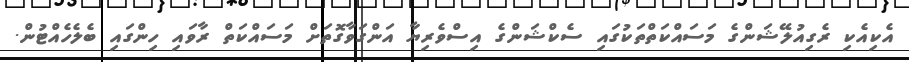
އެކިއެކި ރެގިއުލޭޝަންގެ މަސައްކަތްތަކުގައި ސެކްޝަންގެ އިސްވެރިޔާ އަންގަވާގޮތަށް މަސައްކަތް ރާވައި ހިންގައި ބެލެހެއްޓުން.